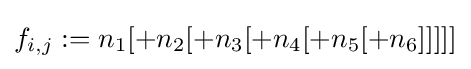
f_{i,j}:=n_{1}[+n_{2}[+n_{3}[+n_{4}[+n_{5}[+n_{6}]]]]]